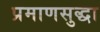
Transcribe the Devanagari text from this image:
प्रमाणसुद्धा